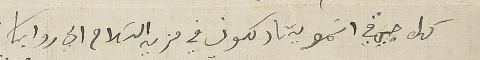
كل حيي في اسَمو يشاركون في مزيد السَلام الى رواياكم